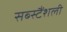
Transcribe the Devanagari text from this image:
सब्स्टैंशली